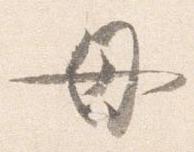
母